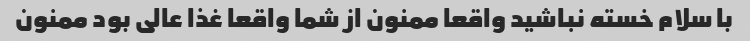
با سلام خسته نباشید واقعا ممنون از شما واقعا غذا عالی بود ممنون